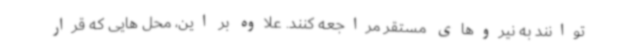
توانند به نیروهای مستقر مراجعه کنند. علاوه بر این، محل هایی که قرار